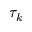
\tau _ { k }